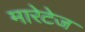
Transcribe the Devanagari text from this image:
मारेटेज